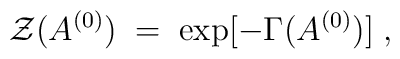
{\cal Z} (A^{(0)}) \;=\; \exp [- \Gamma ( A^{(0)})]  \;,